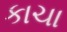
કાચા